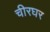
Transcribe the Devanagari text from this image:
चीरघर